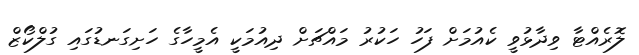
ލޮރެއްޓާ ވިދާޅުވީ ކެއުމަށް ފަހު ހަކުރު މައްޗަށް ދިއުމަކީ އެމީހާގެ ހަށިގަނޑުގައި ގުލްކޯޒް